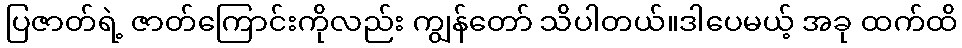
ပြဇာတ်ရဲ့ ဇာတ်ကြောင်းကိုလည်း ကျွန်တော် သိပါတယ်။ဒါပေမယ့် အခု ထက်ထိ